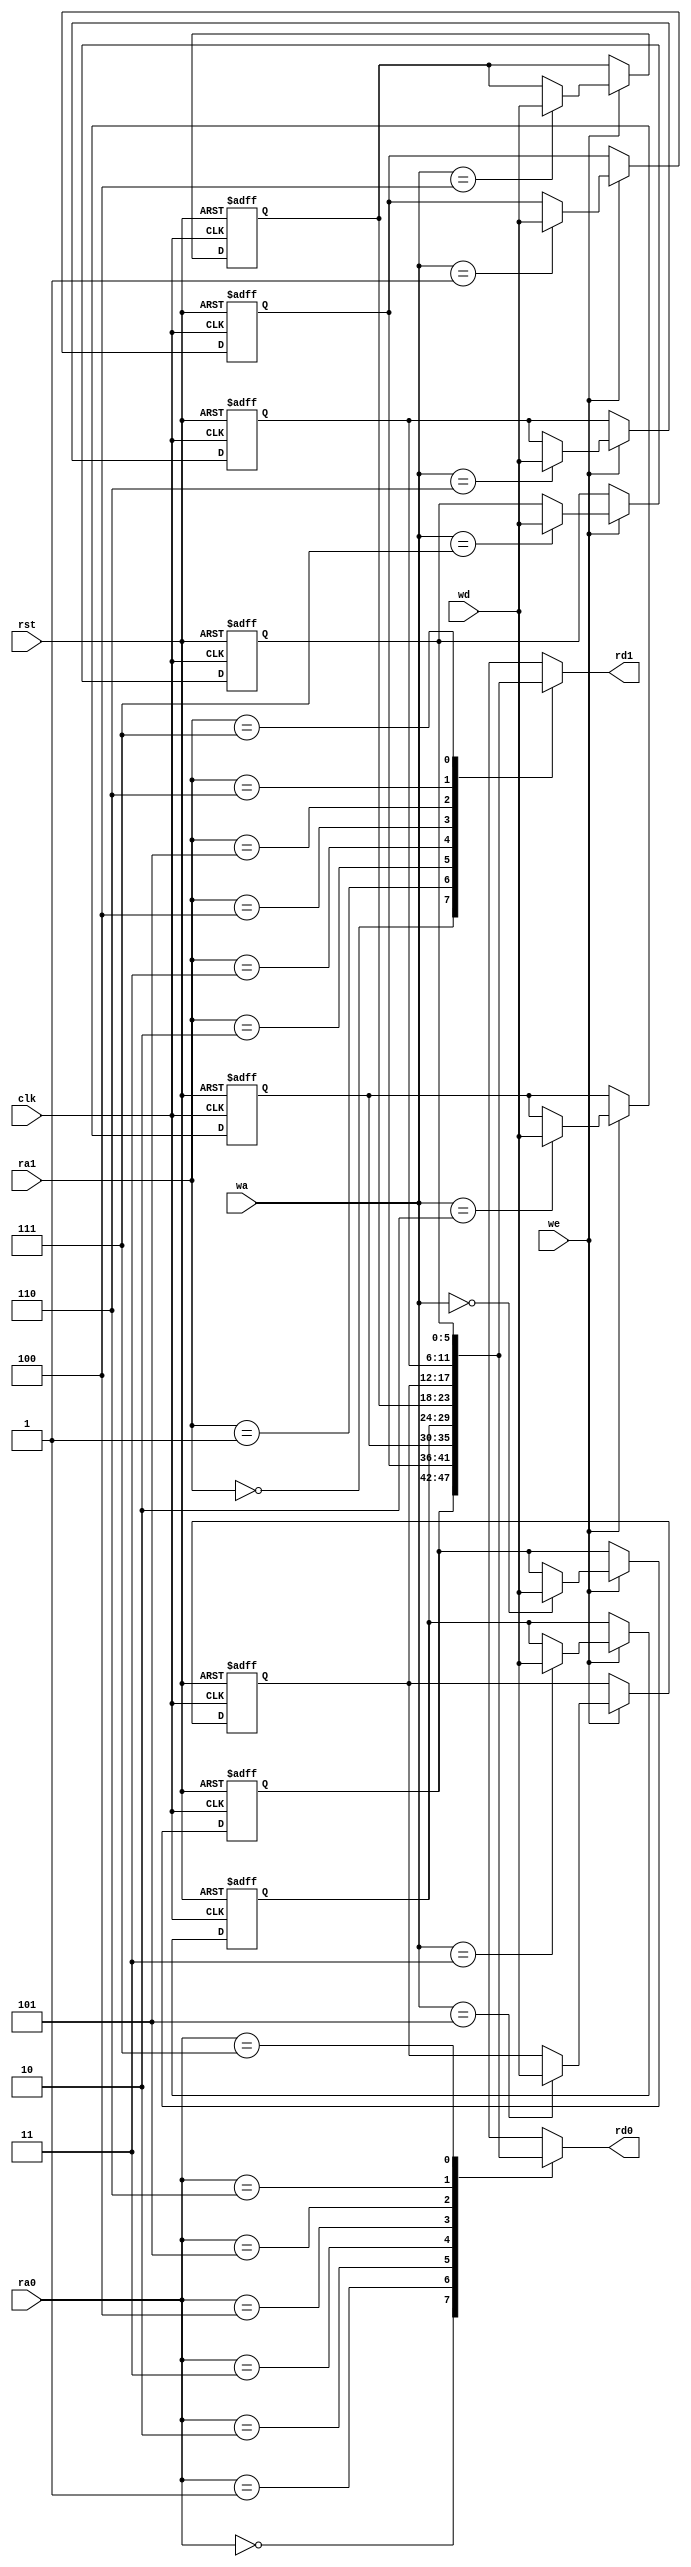
`timescale 1ns / 1ps
//////////////////////////////////////////////////////////////////////////////////
// Company: 
// Engineer: 
// 
// Design Name: 
// Module Name: REG_FILE
// Project Name: 
// Target Devices: 
// Tool Versions: 
// Description: 
// 
// Dependencies: 
// 
// Revision:
// Revision 0.01 - File Created
// Additional Comments:
// 
//////////////////////////////////////////////////////////////////////////////////


module REG_FILE #(parameter N=6,A=3)(
    input [A-1:0]ra0,ra1,wa,
    input [N-1:0]wd,
    input we,rst,clk,
    output [N-1:0]rd0,rd1
    );
    reg [N-1:0]REG_FILE[7:0];
   
    assign rd0 = REG_FILE[ra0];
    assign rd1 = REG_FILE[ra1];    
    
    always @(posedge clk or posedge rst)
    if(rst)
    begin
        REG_FILE[0]<=6'b000000;
        REG_FILE[1]<=6'b000000;
        REG_FILE[2]<=6'b000000;
        REG_FILE[3]<=6'b000000;
        REG_FILE[4]<=6'b000000;
        REG_FILE[5]<=6'b000000;
        REG_FILE[6]<=6'b000000;
        REG_FILE[7]<=6'b000000;
    end
    else
    begin
        if(we)  REG_FILE[wa]<=wd;
    end
endmodule